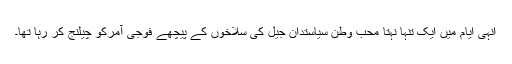
انہی ایام میں ایک تنہا نہتا محب وطن سیاستدان جیل کی سلاخوں کے پیچھے فوجی آمرکو چیلنج کر رہا تھا۔